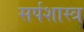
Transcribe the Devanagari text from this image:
सर्पशास्त्र